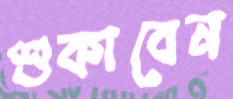
শুকাবেন